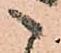
こ